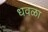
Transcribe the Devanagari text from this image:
धवळा